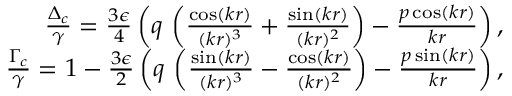
\begin{array} { r } { \frac { \Delta _ { c } } { \gamma } = \frac { 3 \epsilon } { 4 } \left( q \, \left( \frac { \cos ( k r ) } { ( k r ) ^ { 3 } } + \frac { \sin ( k r ) } { ( k r ) ^ { 2 } } \right) - \frac { p \cos ( k r ) } { k r } \right) , } \\ { \frac { \Gamma _ { c } } { \gamma } = 1 - \frac { 3 \epsilon } { 2 } \left( q \, \left( \frac { \sin ( k r ) } { ( k r ) ^ { 3 } } - \frac { \cos ( k r ) } { ( k r ) ^ { 2 } } \right) - \frac { p \sin ( k r ) } { k r } \right) , } \end{array}